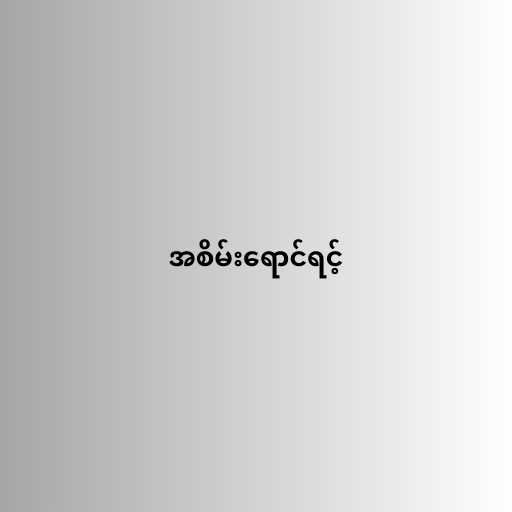
အစိမ်းရောင်ရင့်